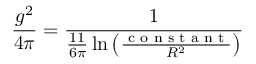
\frac { g ^ { 2 } } { 4 \pi } = \frac { 1 } { \frac { 1 1 } { 6 \pi } \ln \left( \frac { \textrm { c o n s t a n t } } { R ^ { 2 } } \right) }